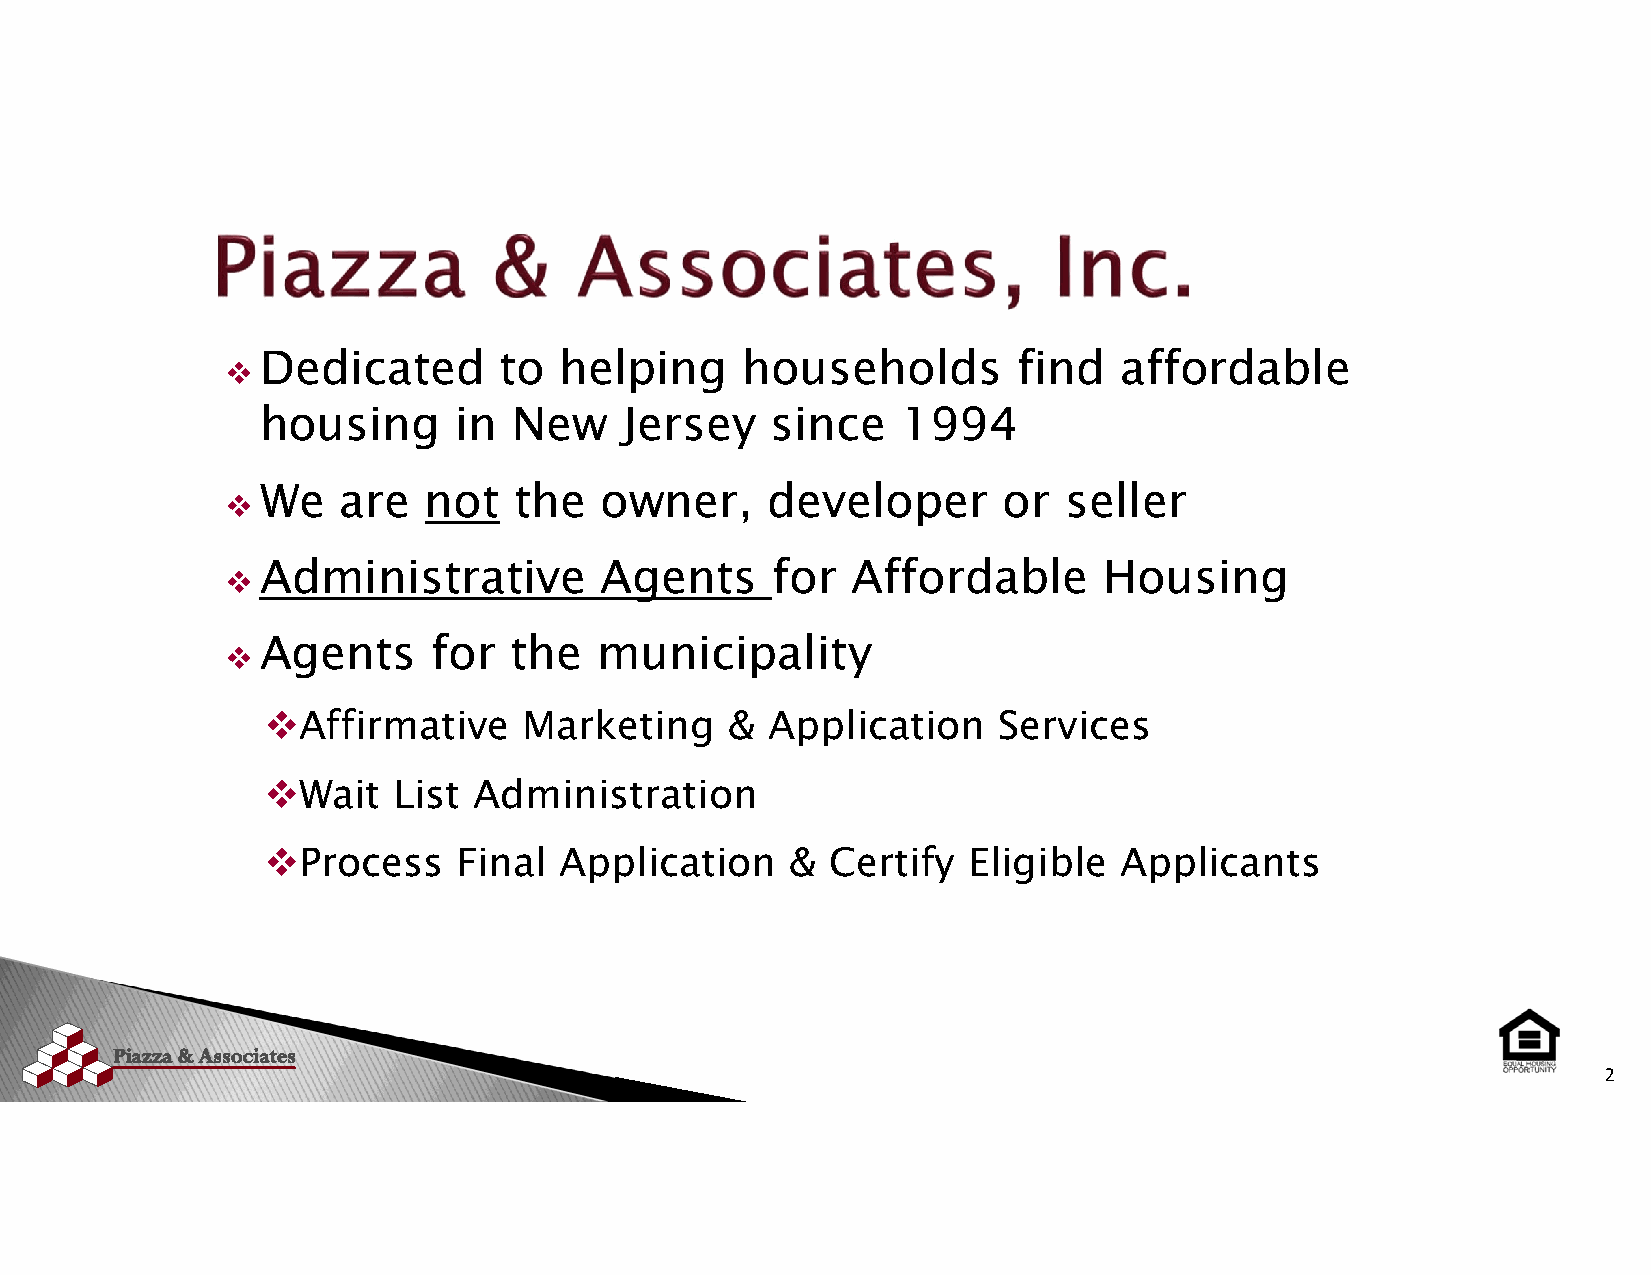
 Dedicated       to  helping     households        find   affordable
 housing      in  New    Jersey    since    1994
  We    are  not   the   owner,     developer      or  seller
  Administrative         Agents     for  Affordable       Housing
  Agents      for  the  municipality
 
 Affirmative    Marketing    &  Application    Services
 
 Wait  List Administration
 
 Process   Final  Application    &  Certify  Eligible  Applicants
 2